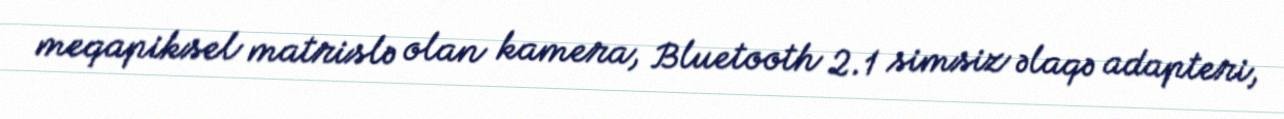
meqapiksel matrislə olan kamera, Bluetooth 2.1 simsiz əlaqə adapteri,